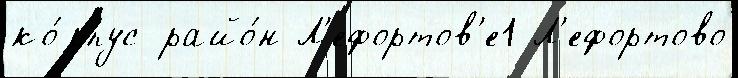
ко́рпус райо́н Л'ефортов'е1 Л'ефортово